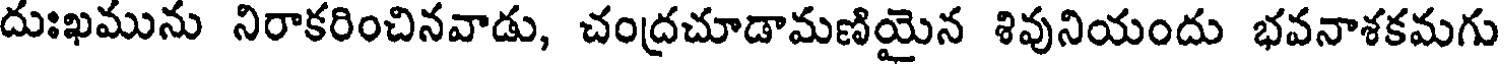
దుఃఖమును నిరాకరించినవాడు, చంద్రచూడామణియైన శివునియందు భవనాశకమగు